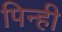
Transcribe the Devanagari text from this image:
पिन्ही